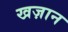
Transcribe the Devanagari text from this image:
खज़ान